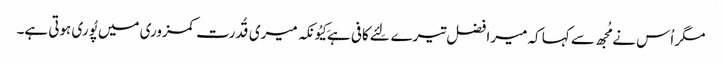
مگر اُس نے مُجھ سے کہا کہ میرا فضل تیرے لِئے کافی ہے کِیُونکہ میری قُدرت کمزوری میں پُوری ہوتی ہے۔